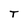
Character: T